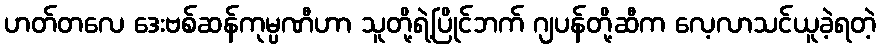
ဟတ်တလေ ဒေးဗစ်ဆန်ကုမ္ပဏီဟာ သူတို့ရဲ့ပြိုင်ဘက် ဂျပန်တို့ဆီက လေ့လာသင်ယူခဲ့ရတဲ့